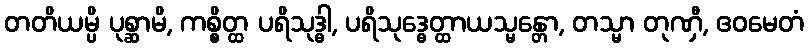
တတိယမ္ပိ ပုစ္ဆာမိ, ကစ္စိတ္ထ ပရိသုဒ္ဓါ, ပရိသုဒ္ဓေတ္ထာယသ္မန္တော, တသ္မာ တုဏှီ, ဧဝမေတံ